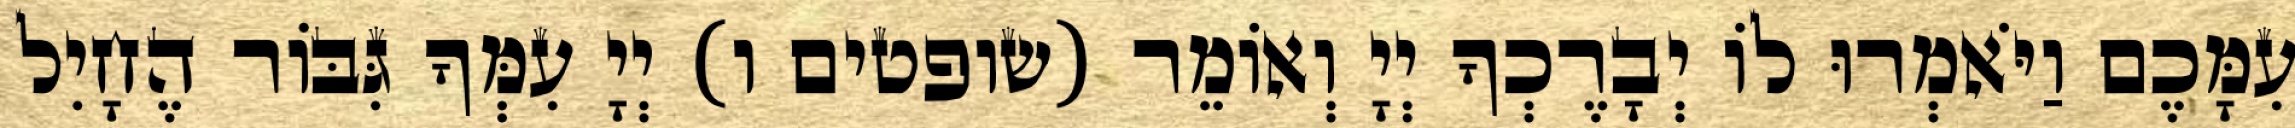
עִמָּכֶם וַיֹּאמְרוּ לוֹ יְבָרֶכְךָ יְיָ וְאוֹמֵר (שופטים ו) יְיָ עִמְּךָ גִּבּוֹר הֶחָיִל